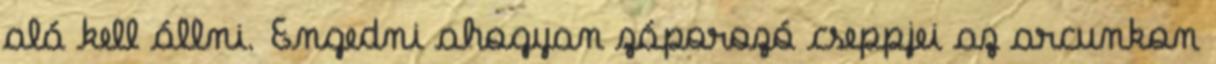
alá kell állni. Engedni ahogyan záporozó cseppjei az arcunkon